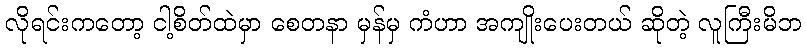
လိုရင်းကတော့ ငါ့စိတ်ထဲမှာ စေတနာ မှန်မှ ကံဟာ အကျိုးပေးတယ် ဆိုတဲ့ လူကြီးမိဘ